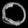
Digit: ၀